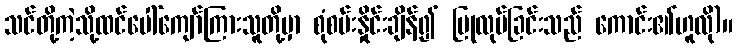
သင်တို့ကဲ့သို့ထင်ပေါ်ကျော်ကြားသူတို့မှာ စုံစမ်းနှိုင်းချိန်၍ ပြုလုပ်ခြင်းသည် ကောင်း၏ဟူလို)။